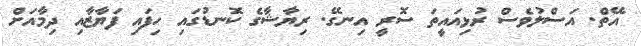
އޭތް. އަސްލުވެސް ރުޅިއައީތަ ސޮރީ އިނގޭ. ރިޔާޝާގެ ކޮނޑުގައި ހިފައި ފަޔާޒާއި ދިމާއަށް